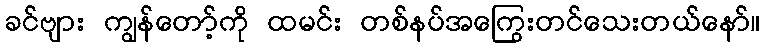
ခင်ဗျား ကျွန်တော့်ကို ထမင်း တစ်နပ်အကြွေးတင်သေးတယ်နော်။